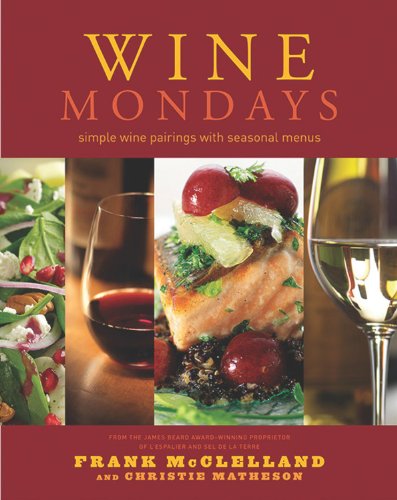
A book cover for Wine Mondays: Simple Wine Pairings and Seasonal Menus; Frank McClelland; Cookbooks, Food & Wine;